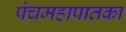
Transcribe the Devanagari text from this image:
पंचमहापातका